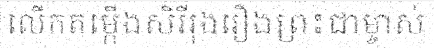
លើកតម្កើងសិរីរុងរឿងព្រះជាម្ចាស់